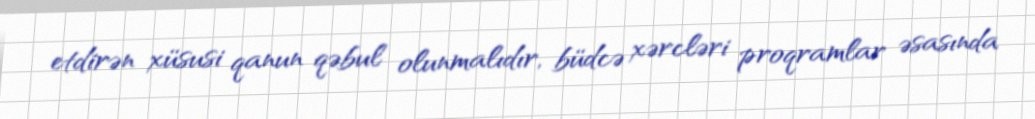
etdirən xüsusi qanun qəbul olunmalıdır, büdcə xərcləri proqramlar əsasında